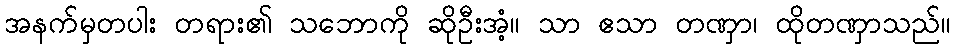
အနက်မှတပါး တရား၏ သဘောကို ဆိုဦးအံ့။ သာ ဧသာ တဏှာ၊ ထိုတဏှာသည်။